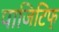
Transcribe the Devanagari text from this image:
पाजिटिफ्